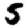
Digit: 5